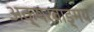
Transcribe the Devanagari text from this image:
अक्षरवाङ्मय